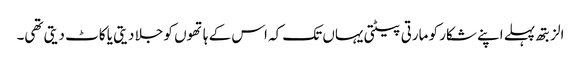
الزبتھ پہلے اپنے شکار کو مارتی پیٹتی یہاں تک کہ اس کے ہاتھوں کو جلا دیتی یا کاٹ دیتی تھی۔